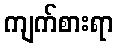
ကျက်စားရာ